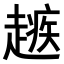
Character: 𧽑